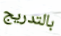
بالتدريج